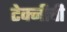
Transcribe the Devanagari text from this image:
टेक्नीची